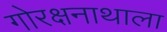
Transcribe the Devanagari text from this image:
गोरक्षनाथाला